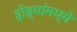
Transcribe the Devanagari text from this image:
होड्यांमध्ये